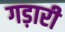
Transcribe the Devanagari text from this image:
गड़ारी